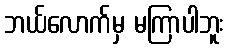
ဘယ်လောက်မှ မကြာပါဘူး